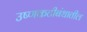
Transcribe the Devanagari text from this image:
उष्णकटीबंधातील